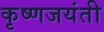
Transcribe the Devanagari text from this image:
कृष्णजयंती